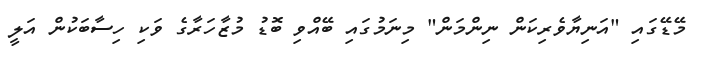
މޭޑޭގައި "އަނިޔާވެެރިކަން ނިންމަން" މިނަމުގައި ބޭއްވި ބޮޑު މުޒާހަރާގެ ވަކި ހިސާބަކުން އަލީ